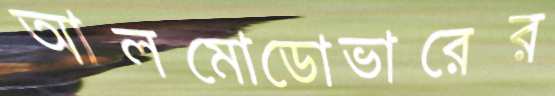
আলমোডোভারের